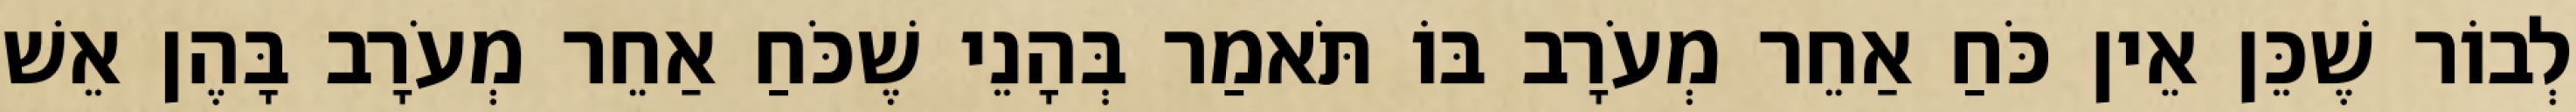
לְבוֹר שֶׁכֵּן אֵין כֹּחַ אַחֵר מְעֹרָב בּוֹ תֹּאמַר בְּהָנֵי שֶׁכֹּחַ אַחֵר מְעֹרָב בָּהֶן אֵשׁ